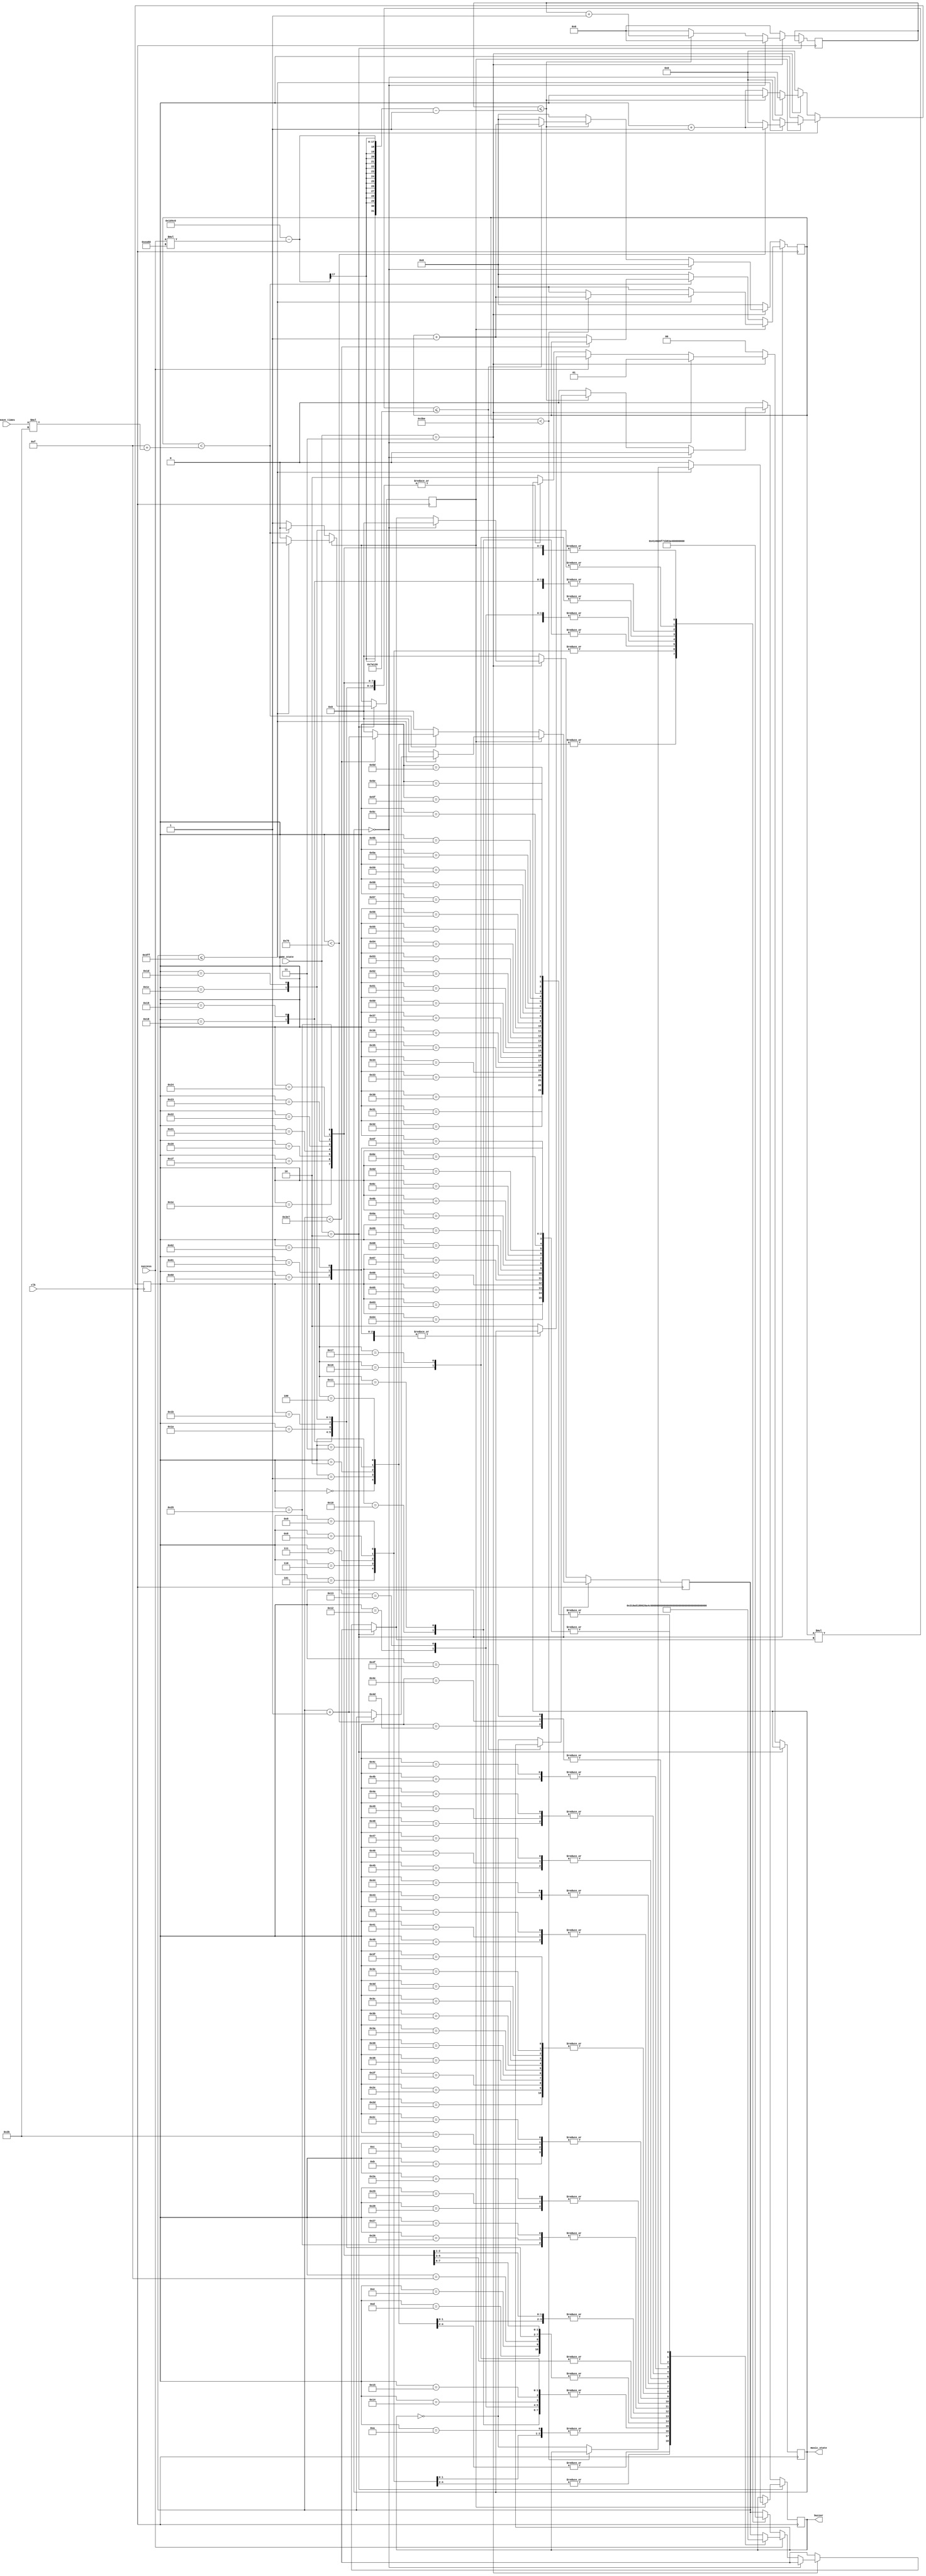
module music(clk,buzzer,success,music_state,game_state,leave_times);
    input clk,success;
    input [4:0] leave_times;
    input [1:0] game_state;
    output reg buzzer;
    output reg [1:0] music_state;

    reg [10:0] per;
    reg [6:0] cnt0;
    reg [16:0] time_cnt;
    reg [11:0] one_cnt;
    reg di;

    //C"_"
    localparam
        A2 = 110,
        A2_ = 117,
        B2 = 123,

        C3 = 131,
        C3_ = 139,
        D3 = 147,
        D3_ = 156,
        E3 = 165,
        F3 = 175,
        F3_ = 185,
        G3 = 196,
        G3_ = 208,
        A3 = 220,
        A3_ = 233,
        B3 = 247,

        C4 = 262,
        C4_ = 277,
        D4 = 294,
        D4_ = 311,
        E4 = 330,
        F4 = 349,
        F4_ = 370,
        G4 = 392,
        G4_ = 415,
        A4 = 440,
        A4_ = 466,
        B4 = 494,

        C5 = 522,
        C5_ = 554,
        D5 = 587,
        D5_ = 622,
        E5 = 659,
        F5 = 698,
        F5_ = 740,
        G5 = 784,
        G5_ = 831,
        A5 = 880,
        A5_ = 932,
        B5 = 988,

        C6 = 1047;

    initial begin
        per<=0;
        cnt0<=0;
        time_cnt<=0;
        one_cnt<=0;
        music_state<=0;
        buzzer<=0;
        di<=0;
    end

    always @(posedge clk) begin

        //
        if (game_state==2) begin

            //
            if (di==1) begin

                //C5522hz1MhzC51M/522
                //one_cnt<500000/522958
                if (one_cnt<958) begin
                    one_cnt<=one_cnt+1;
                end
                else begin
                    one_cnt<=0;
                    buzzer<=!buzzer;
                end

                //0.125s1024*121125000
                if (per<=1023) begin
                    if (cnt0<121) begin
                        cnt0<=cnt0+1;
                    end
                    else begin
                        cnt0<=0;
                        per<=per+1;
                    end
                end
                else begin
                    buzzer<=0;
                    one_cnt<=0;
                    per<=0;
                    cnt0<=0;
                    di<=0;
                end
            end

            //
            else begin

                //0.001s1one_cnt ms
                if (one_cnt<15+leave_times*43) begin

                    //0.001s0.001s1
                    if(per<999) begin
                        per<=per+1;
                    end
                    else begin
                        per<=0;
                        one_cnt<=one_cnt+1;
                    end
                end
                else begin
                    one_cnt<=0;
                    per<=0;
                    di<=1;
                end
            end
        end

        //
        else if (game_state==3) begin

            //1
            if (music_state==0) begin
                music_state<=1;
                one_cnt<=0;
                time_cnt<=0;
                buzzer<=0;
                per<=0;
                cnt0<=0;
            end
            else begin

                //2
                if (success==1) begin

                    case (cnt0)
                        0:
                            per=G3;
                        1:
                            per=G3;
                        2:
                            per=G3;
                        3:
                            per=C4;
                        4:
                            per=C4;
                        5:
                            per=E4;
                        6:
                            per=E4;
                        7:
                            per=E4;
                        8:
                            per=G4;
                        9:
                            per=G4;
                        10:
                            per=G4;
                        11:
                            per=C5;
                        12:
                            per=C5;
                        13:
                            per=E5;
                        14:
                            per=E5;
                        15:
                            per=E5;
                        16:
                            per=G5;
                        17:
                            per=G5;
                        18:
                            per=G5;
                        19:
                            per=G5;
                        20:
                            per=G5;
                        21:
                            per=G5;
                        22:
                            per=G5;
                        23:
                            per=G5;
                        24:
                            per=E5;
                        25:
                            per=E5;
                        26:
                            per=E5;
                        27:
                            per=E5;
                        28:
                            per=E5;
                        29:
                            per=E5;
                        30:
                            per=E5;
                        31:
                            per=E5;
                        32:
                            per=G3_;
                        33:
                            per=G3_;
                        34:
                            per=G3_;
                        35:
                            per=C4;
                        36:
                            per=C4;
                        37:
                            per=D4_;
                        38:
                            per=D4_;
                        39:
                            per=D4_;
                        40:
                            per=G4_;
                        41:
                            per=G4_;
                        42:
                            per=G4_;
                        43:
                            per=C5;
                        44:
                            per=C5;
                        45:
                            per=D5_;
                        46:
                            per=D5_;
                        47:
                            per=D5_;
                        48:
                            per=A5_;
                        49:
                            per=A5_;
                        50:
                            per=A5_;
                        51:
                            per=A5_;
                        52:
                            per=A5_;
                        53:
                            per=A5_;
                        54:
                            per=A5_;
                        55:
                            per=A5_;
                        56:
                            per=D5_;
                        57:
                            per=D5_;
                        58:
                            per=D5_;
                        59:
                            per=D5_;
                        60:
                            per=D5_;
                        61:
                            per=D5_;
                        62:
                            per=D5_;
                        63:
                            per=D5_;
                        64:
                            per=A3_;
                        65:
                            per=A3_;
                        66:
                            per=A3_;
                        67:
                            per=D4;
                        68:
                            per=D4;
                        69:
                            per=F4;
                        70:
                            per=F4;
                        71:
                            per=F4;
                        72:
                            per=A4_;
                        73:
                            per=A4_;
                        74:
                            per=A4_;
                        75:
                            per=D5;
                        76:
                            per=D5;
                        77:
                            per=F5;
                        78:
                            per=F5;
                        79:
                            per=F5;
                        80:
                            per=A5_;
                        81:
                            per=A5_;
                        82:
                            per=A5_;
                        83:
                            per=A5_;
                        84:
                            per=A5_;
                        85:
                            per=A5_;
                        86:
                            per=A5_;
                        87:
                            per=A5_;
                        88:
                            per=A5_;
                        89:
                            per=A5_;
                        90:
                            per=A5_;
                        91:
                            per=A5_;
                        92:
                            per=A5_;
                        93:
                            per=A5_;
                        94:
                            per=A5_;
                        95:
                            per=A5_;
                        96:
                            per=C6;
                        97:
                            per=C6;
                        98:
                            per=C6;
                        99:
                            per=C6;
                        100:
                            per=C6;
                        101:
                            per=C6;
                        102:
                            per=C6;
                        103:
                            per=C6;
                        104:
                            per=C6;
                        105:
                            per=C6;
                        106:
                            per=C6;
                        107:
                            per=C6;
                        108:
                            per=C6;
                        109:
                            per=C6;
                        110:
                            per=C6;
                        111:
                            per=C6;
                        default: begin
                            music_state<=2;
                        end
                    endcase
                end

                //
                else begin

                    case (cnt0)
                        0:
                            per=C5;
                        1:
                            per=C5;
                        2:
                            per=C5;
                        3:
                            per=C5;
                        4:
                            per=C5;
                        5:
                            per=G4;
                        6:
                            per=G4;
                        7:
                            per=G4;
                        8:
                            per=G4;
                        9:
                            per=G4;
                        10:
                            per=E4;
                        11:
                            per=E4;
                        12:
                            per=E4;
                        13:
                            per=E4;
                        14:
                            per=A4;
                        15:
                            per=A4;
                        16:
                            per=B4;
                        17:
                            per=B4;
                        18:
                            per=A4;
                        19:
                            per=A4;
                        20:
                            per=G4_;
                        21:
                            per=G4_;
                        22:
                            per=A4_;
                        23:
                            per=A4_;
                        24:
                            per=G4_;
                        25:
                            per=G4_;
                        26:
                            per=E4;
                        27:
                            per=E4;
                        28:
                            per=D4;
                        29:
                            per=D4;
                        30:
                            per=E4;
                        31:
                            per=E4;
                        32:
                            per=E4;
                        33:
                            per=E4;
                        34:
                            per=E4;
                        35:
                            per=E4;
                        36:
                            per=E4;
                        37:
                            per=E4;
                        default: begin
                            music_state<=2;
                        end
                    endcase
                end

                //iftime_cnt
                //time_cnt<=120000-success*60000-1
                //cnt0
                if (time_cnt<=120000-success*60000-1) begin
                    time_cnt<=time_cnt+1;

                    //if
                    //per1Mhz1M/per
                    //one_cnt<=500000/per
                    if(one_cnt*per<=500000) begin
                        one_cnt<=one_cnt+1;
                    end
                    else begin
                        one_cnt<=0;
                        buzzer<=!buzzer;
                    end
                end
                else begin
                    buzzer<=0;
                    time_cnt<=0;
                    cnt0<=cnt0+1;
                    one_cnt<=0;
                end
            end
        end
        else begin
            music_state<=0;
            buzzer<=0;
            per<=0;
            cnt0<=0;
            time_cnt<=0;
            one_cnt<=0;
        end
    end
endmodule